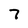
Character: 7